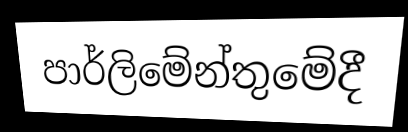
පාර්ලිමේන්තුමේදී